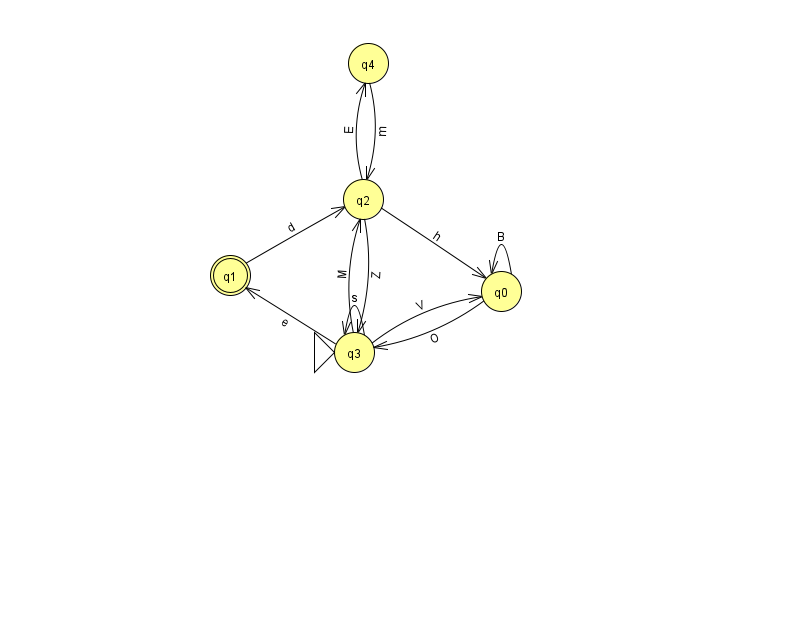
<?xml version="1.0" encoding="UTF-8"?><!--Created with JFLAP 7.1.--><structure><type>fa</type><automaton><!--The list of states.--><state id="0" name="q0"><x>501.0</x><y>278.0</y></state><state id="1" name="q1"><x>230.0</x><y>262.0</y><final/></state><state id="2" name="q2"><x>363.0</x><y>186.0</y></state><state id="3" name="q3"><x>354.0</x><y>339.0</y><initial/></state><state id="4" name="q4"><x>368.0</x><y>50.0</y></state><!--The list of transitions.--><transition><from>4</from><to>2</to><read>m</read></transition><transition><from>0</from><to>0</to><read>B</read></transition><transition><from>1</from><to>2</to><read>d</read></transition><transition><from>3</from><to>3</to><read>s</read></transition><transition><from>2</from><to>0</to><read>h</read></transition><transition><from>0</from><to>3</to><read>O</read></transition><transition><from>3</from><to>1</to><read>e</read></transition><transition><from>3</from><to>2</to><read>M</read></transition><transition><from>2</from><to>4</to><read>E</read></transition><transition><from>3</from><to>0</to><read>V</read></transition><transition><from>2</from><to>3</to><read>Z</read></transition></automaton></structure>